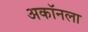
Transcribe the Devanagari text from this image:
अकॉनला